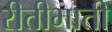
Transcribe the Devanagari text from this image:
रीतीभाती